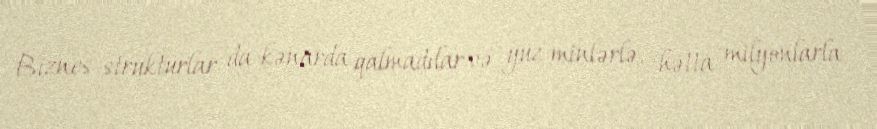
Biznes-strukturlar da kənarda qalmadılar və yüz minlərlə, hətta milyonlarla